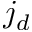
j _ { d }